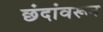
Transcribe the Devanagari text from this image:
छंदांवरून